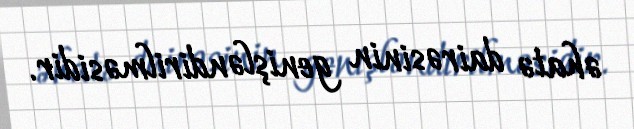
əhatə dairəsinin genişləndirilməsidir.